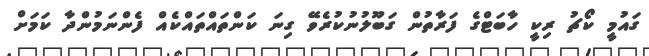
ގައުމީ ކޯޗު ރިކީ ހާބަޓްގެ ފަރާތުން ގަބޫލުނުކުރެވޭ ގިނަ ކަންތައްތައްކެއް ފެންނަމުންދާ ކަމަށް